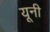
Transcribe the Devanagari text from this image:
यूनी